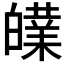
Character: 𰤝